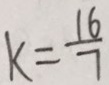
k = \frac { 1 6 } { 7 }